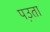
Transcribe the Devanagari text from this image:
पउ़ता